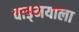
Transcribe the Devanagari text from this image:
वाङ्‌मयाला